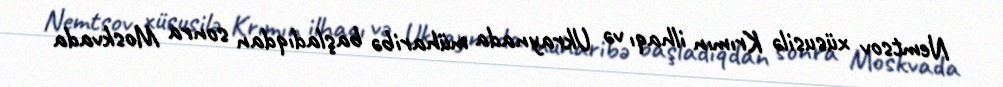
Nemtsov xüsusilə Krımın ilhaqı və Ukraynada müharibə başladıqdan sonra Moskvada